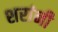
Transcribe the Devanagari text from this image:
शरांनी